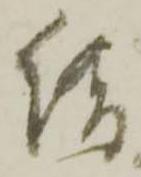
借